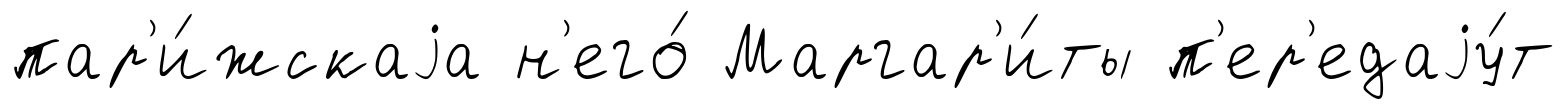
пар'и́жскаjа н'его́ Маргар'и́ты п'ер'едаjу́т